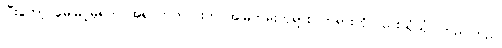
ပြီးတော့ မေမြင့်မိုရ်က အရင်ကတည်းက အမြဲတမ်းဘုရား၊ တရားကိုလည်းယုံယုံ ကြည်ကြည်